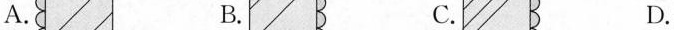
A. B. C. D.